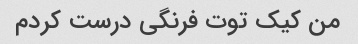
من کیک توت فرنگی درست کردم